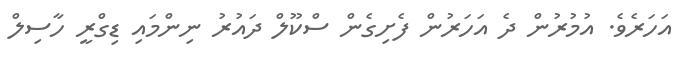
އަހަރެވެ. އުމުރުން ދެ އަހަރުން ފެށިގެން ސްކޫލް ދައުރު ނިންމައި ޑިގްރީ ހާސިލް